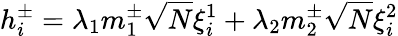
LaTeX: h_{i}^{\pm}=\lambda_{1}m_{1}^{\pm}\sqrt{N}\xi_{i}^{1}+\lambda_{2}m_{2}^{\pm}\sqrt{N}\xi_{i}^{2}